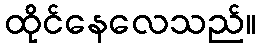
ထိုင်နေလေသည်။